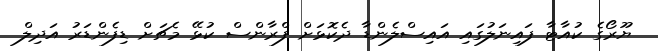
ޔޫރޯގެ ކުއާޓާ ފައިނަލުގައި އައިސްލެންޑާ ދެކޮޅަށް ފްރާންސް ކުޅޭ މެޗަށް ޑިފެންޑަރު އަދިލް